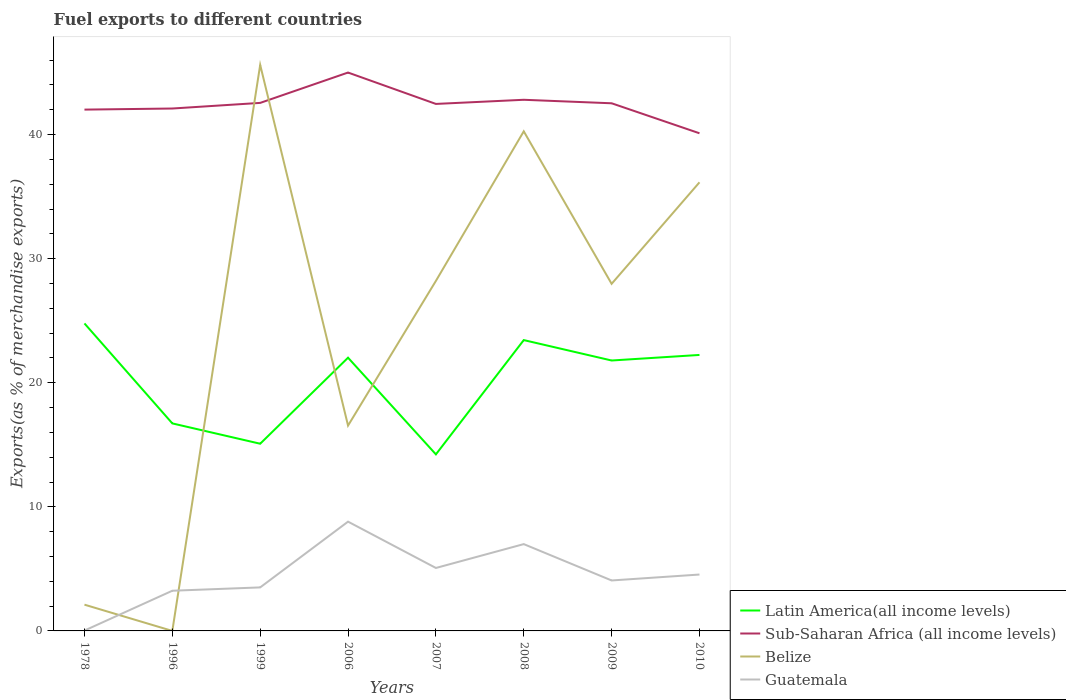
| Years | Latin America(all income levels) | Sub-Saharan Africa (all income levels) | Belize | Guatemala |
 | --- | --- | --- | --- | --- |
 | 1978 | 24.8 | 42 | 2.12 | 0.029 |
 | 1996 | 16.7 | 42.1 | 0.000346 | 3.24 |
 | 1999 | 15.1 | 42.6 | 45.6 | 3.51 |
 | 2006 | 22 | 45 | 16.5 | 8.81 |
 | 2007 | 14.2 | 42.5 | 28.2 | 5.07 |
 | 2008 | 23.4 | 42.8 | 40.3 | 7 |
 | 2009 | 21.8 | 42.5 | 28 | 4.07 |
 | 2010 | 22.2 | 40.1 | 36.2 | 4.54 |